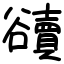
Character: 豄